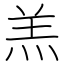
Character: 羔